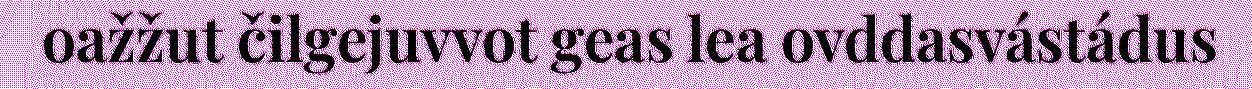
oažžut čilgejuvvot geas lea ovddasvástádus